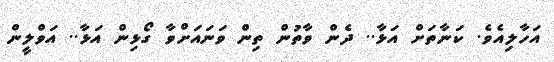
އަހާލިއެވެ. ކަނާތަށް އަޅާ.. ދެން ވާތުން ތިން ވަނައަށްވާ ގޯޅިން އަޅާ.. އަވްލީން